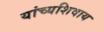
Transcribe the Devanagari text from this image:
यांच्यशिवाय